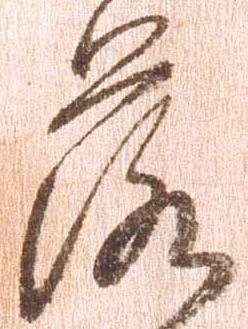
落